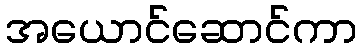
အယောင်ဆောင်ကာ